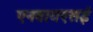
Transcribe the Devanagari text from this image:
एनवायएसई